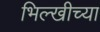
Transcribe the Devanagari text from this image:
भिल्खीच्या